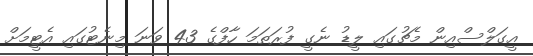
އީގަލްސްއިން މެޗުގައި ލީޑު ނެގީ ފުރަތަމަ ހާފްގެ 43 ވަނަ މިނެޓުގައި އެޓީމަށް